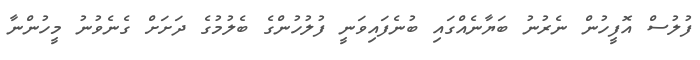
ފުލުސް އޮފީހުން ނެރުނު ބަޔާނެއްގައި ބުނެފައިވަނީ ފުލުހުންގެ ބެލުމުގެ ދަށަށް ގެނެވުނު މީހުންނާ